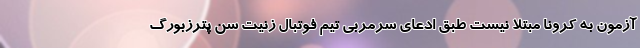
آزمون به کرونا مبتلا نیست طبق ادعای سرمربی تیم فوتبال زنیت سن پترزبورگ